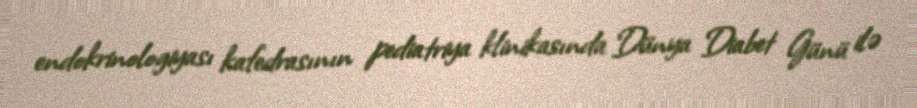
endokrinologiyası kafedrasının pediatriya klinikasında Dünya Diabet Günü ilə